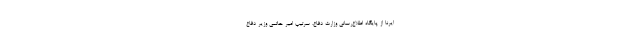
ایرنا از پایگاه اطلاع‌رسانی وزارت دفاع، سرتیپ امیر حاتمی وزیر دفاع